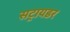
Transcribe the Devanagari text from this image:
सट्रायडर